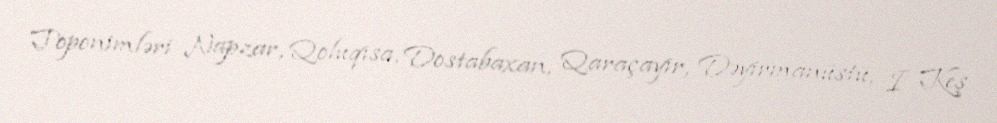
Toponimləri Napzar, Qoluqısa, Dostabaxan, Qaraçayır, Dəyirmanüstü, I Keş